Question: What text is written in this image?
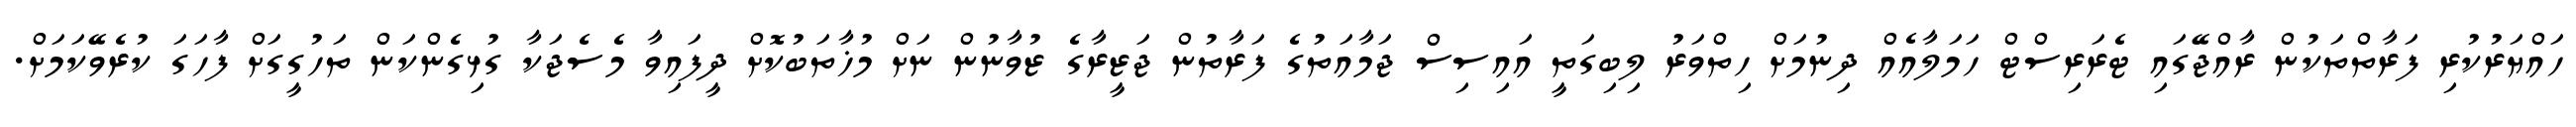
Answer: ހައްޔަރުކުރި ފަރާތްތަކުން ރާއްޖޭގައި ޓެރަރިސްޓް ހަމަލާއެއް ދިނުމަށް ހިތްވަރު ލިބިގަތީ އައިސިސް ޖަމާއަތުގެ ފަރާތުން ޖަޒީރާގެ ޒުވާނުން ނަށް މުޚާތަބުކޮށް ދީފައިވާ މެސެޖަކާ ގުޅިގެންކަން ތަހުގީގަށް ފާހަގަ ކުރެވޭކަމަށް.